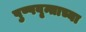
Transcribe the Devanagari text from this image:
पुष्पवृन्ताच्या